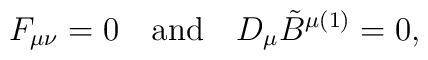
F_{\mu \nu}=0 \quad \mbox{and} \quad D_{\mu}\tilde{B}^{\mu (1)}=0,